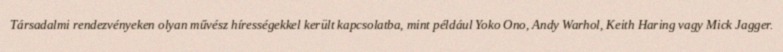
Társadalmi rendezvényeken olyan művész hírességekkel került kapcsolatba, mint például Yoko Ono, Andy Warhol, Keith Haring vagy Mick Jagger.